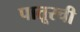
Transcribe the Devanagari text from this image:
पातूरची